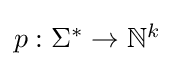
{\textstyle p:\Sigma ^{*}\to \mathbb {N} ^{k}}